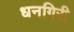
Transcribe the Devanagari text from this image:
धनगिरी